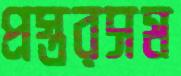
প্রস্তরসম